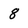
Character: 8